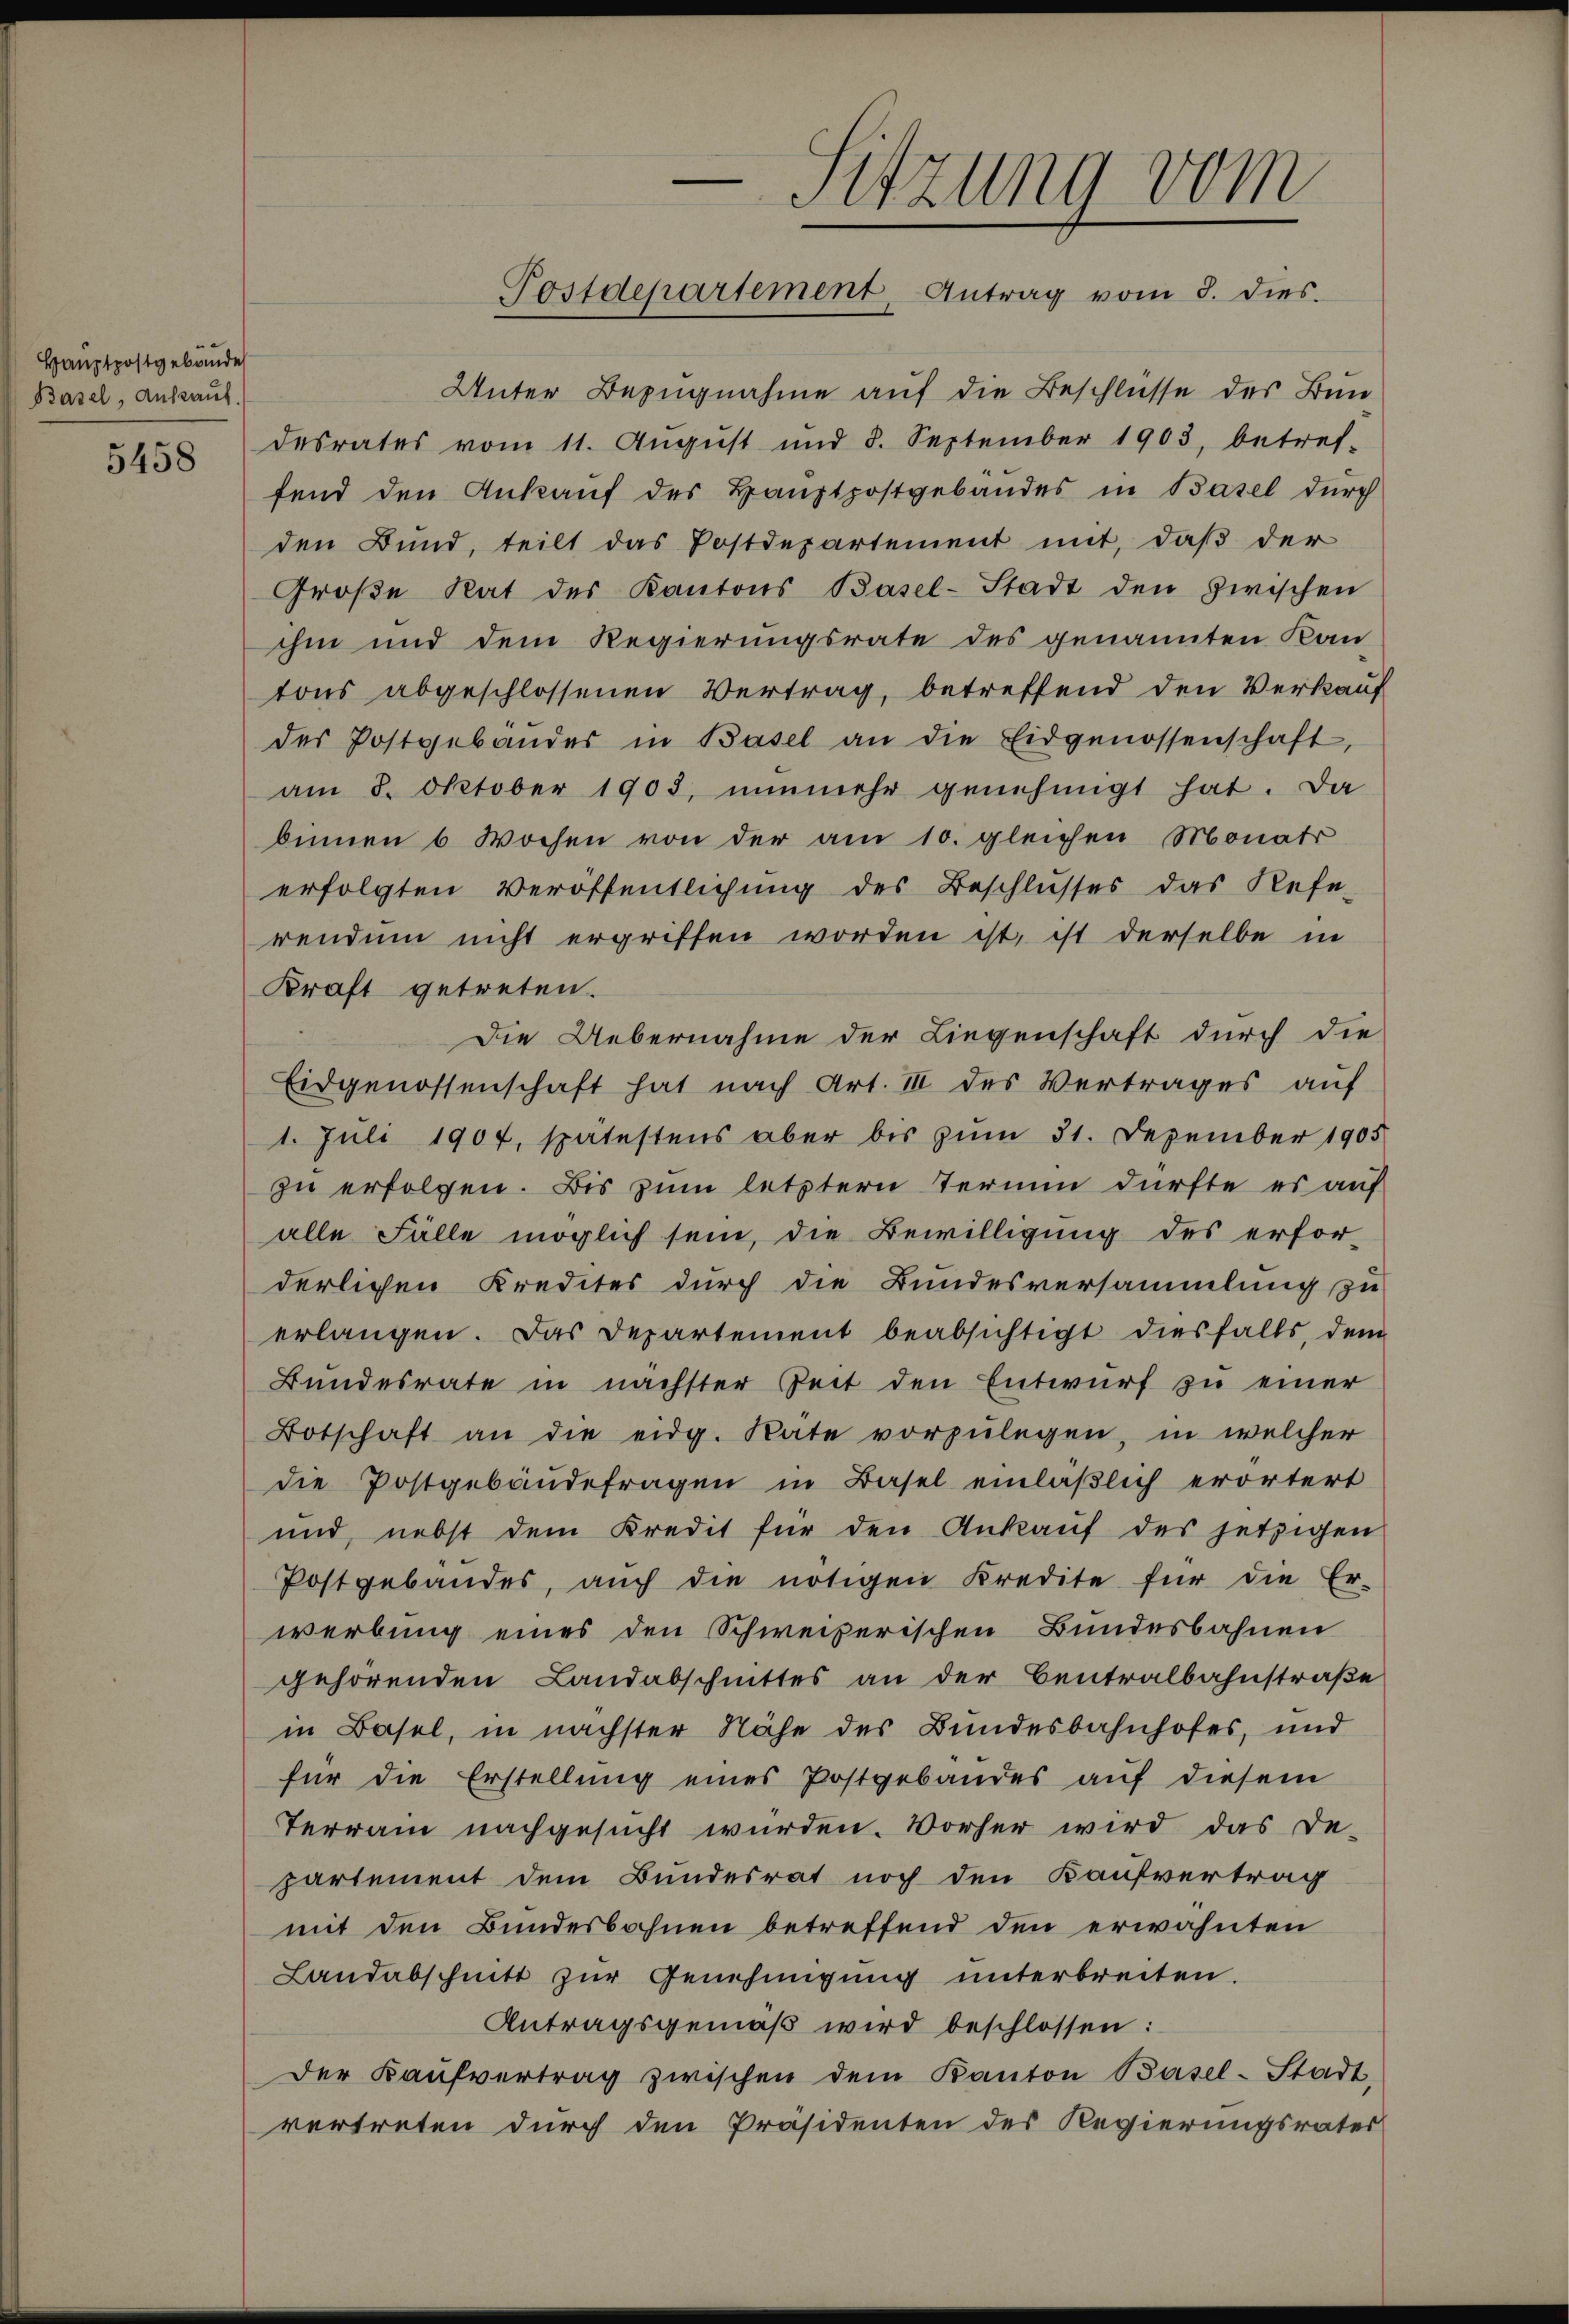
Hauptpostgebäude
Basel, Ankauf.
5458

Unter Bezugnahme auf die Beschlüsse des Bun
desrates vom 11. Aŭgŭst und 8. September 1903, betref-
fend den Ankauf des Hauptpostgebäudes in Basel durch
den Bund, teilt das Postdepartement mit, daß der
Groβe Rat des Kantons Basel-Stadt den zwischen
ihm und dem Regierungsrate des genannten Kan-
tons abgeschlossenen Vertrag, betreffend den Verkauf
des Postgebäuder in Basel an die Eidgenossenschaft
am 8. Oktober 1903, nŭnmehr genehmigt hat. Da
binnen 6 Wochen von der am 10. gleichen Monats
erfolgten Veröffentlichung des Beschlusses das Refe-
rendum nicht ergriffen worden ist, ist derselbe in
Kraft getreten.
Die Uebernahme der Liegenschaft durch die
Eidgenossenschaft hat nach Art. III des Vertrages auf
1. Juli 1907, spätestens aber bis zum 31. Dezember 1905
zu erfolgen. Bis zum letztern Termin dürfte es auf
alle Fälle möglich sein, die Bewilligung des erforderlichen Kredites durch die Bundesversammlung zu
erlangen. Das Departement beabsichtigt diesfalls, dem
Bundesrate in nächster Zeit den Entwurf zu einer
Botschaft an die eidg. Rate vorzŭlegen, in welcher
die Postgebäudefragen in Basel einläßlich erörtert
und, nebst dem Kredit für den Ankaŭf des jetzigen
Postgebäudes, aŭch die nötigen Kredite für die Er-
werbung eines den Schweizerischen Bundesbahnen
gehörenden Landabschnittes an der Centralbahnstraße
in Basel, in nächster Nähe des Bundesbahnhofes, und
für die Erstellŭng eines Postgebäudes aŭf diesem
Terrain nachgesucht wurden. Vorher wird das De-
partement dem Bundesrat noch den Kaufvertrag
mit den Bundesbohnen betreffend den erwähnten
Landabschnitt zŭr Genehmigung unterbreiten.
Antragsgemäβ wird beschlossen:
Der Kaŭfvertrag zwischen dem Kanton Basel-Stadt,
vertreten durch den Präsidenten des Regierungsrates

-Sitzung vom
Postdepartement Antrag vom 3. dies.